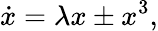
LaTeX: \dot{x}=\lambda x\pm x^{3},